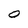
Character: 0